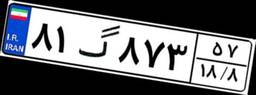
۸۴گ۲۴۸۲۱